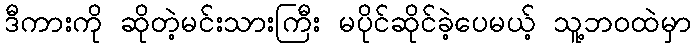
ဒီကားကို ဆိုတဲ့မင်းသားကြီး မပိုင်ဆိုင်ခဲ့ပေမယ့် သူ့ဘဝထဲမှာ